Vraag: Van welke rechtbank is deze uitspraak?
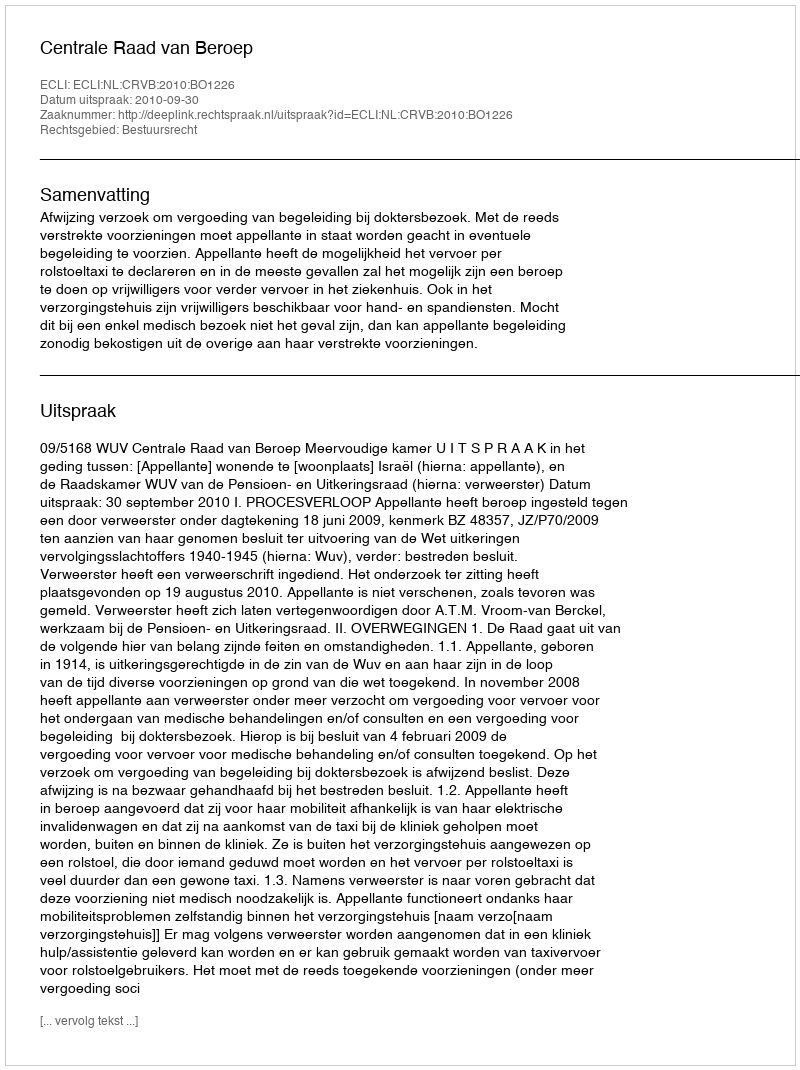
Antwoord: Centrale Raad van Beroep